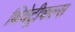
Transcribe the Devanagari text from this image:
थियेट्रीकल्स